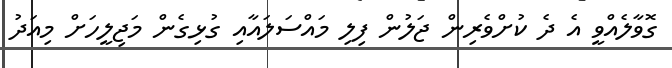
ގޮވާލެއްވީ އެ ދެ ކުށްވެރިން ޖަލުން ފިލި މައްސަލައާއި ގުޅިގެން މަޖިލީހަށް މިއަދު